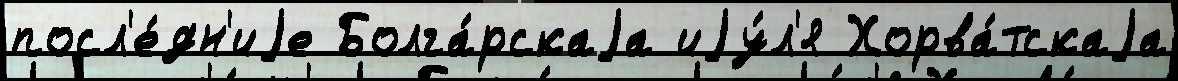
посл'е́дн'иjе Болга́рскаjа иjу́л'я Хорва́тскаjа